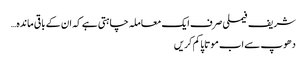
شریف فیملی صرف ایک معاملہ چاہتی ہے کہ ان کے باقی ماندہ…
دھوپ سے اب موتاپا کم کریں